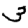
Digit: 3